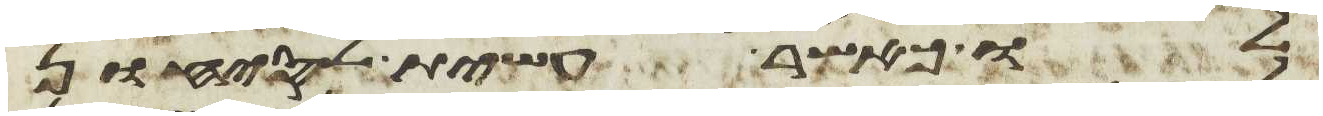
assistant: לו כאשר עשית לסיחון